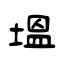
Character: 塭